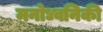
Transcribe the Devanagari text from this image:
मनोध्वनिकी